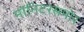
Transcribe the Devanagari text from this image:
मॉनिटरसमोर